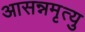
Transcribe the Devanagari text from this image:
आसन्नमृत्यु